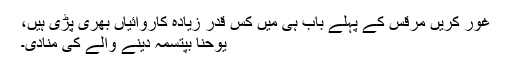
غور کریں مرقس کے پہلے باب ہی میں کس قدر زیادہ کاروائیاں بھری پڑی ہیں،
یوحنا بپتسمہ دینے والے کی منادی۔